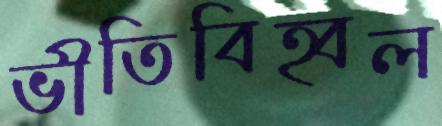
ভীতিবিহ্বল